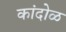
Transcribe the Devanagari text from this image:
कांदोळ